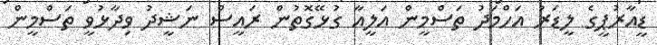
ޑީއާރުޕީގެ ލީޑަރު އަހްމަދު ތަސްމީން އަލީއާ ގުޅޭގޮތުން ރައީސް ނަޝީދު ވިދާޅުވީ ތަސްމީން